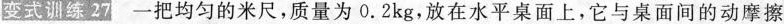
变式训练27 一把均匀的米尺，质量为0.2kg，放在水平桌面上，它与桌面间的动摩擦